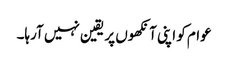
عوام کو اپنی آنکھوں پر یقین نہیں آرہا۔